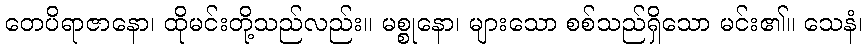
တေပိရာဇာနော၊ ထိုမင်းတို့သည်လည်း။ မစ္စုနော၊ များသော စစ်သည်ရှိသော မင်း၏။ သေနံ၊